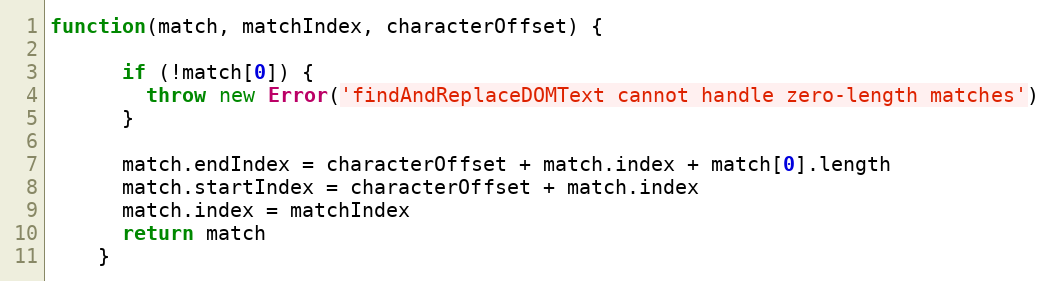
Language: JavaScript
function(match, matchIndex, characterOffset) {

      if (!match[0]) {
        throw new Error('findAndReplaceDOMText cannot handle zero-length matches')
      }

      match.endIndex = characterOffset + match.index + match[0].length
      match.startIndex = characterOffset + match.index
      match.index = matchIndex
      return match
    }